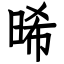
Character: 晞